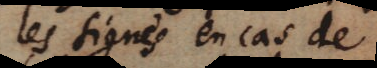
les signes en cas de